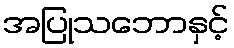
အပြုသဘောနှင့်